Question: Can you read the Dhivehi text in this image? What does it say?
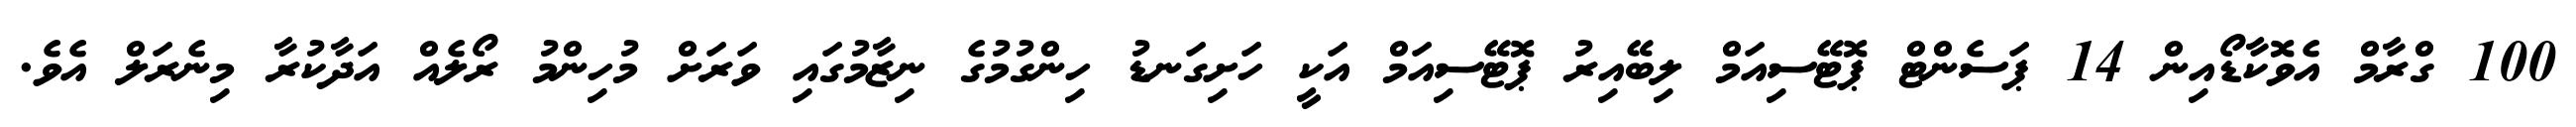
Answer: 100 ގްރާމް އެވޮކާޑޯއިން 14 ޕަސެންޓް ޕޮޓޭސިއަމް ލިބޭއިރު ޕޮޓޭސިއަމް އަކީ ހަށިގަނޑު ހިންގުމުގެ ނިޒާމުގައި ވަރަށް މުހިންމު ރޯލެއް އަދާކުރާ މިނެރަލް އެވެ.